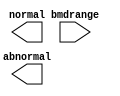
/*--  *******************************************************
--  Computer Architecture Course, Laboratory Sources 
--  Amirkabir University of Technology (Tehran Polytechnic)
--  Department of Computer Engineering (CE-AUT)
--  https://ce[dot]aut[dot]ac[dot]ir
--  *******************************************************
--  All Rights reserved (C) 2020-2021
--  *******************************************************
--  Student ID  : 
--  Student Name: 
--  Student Mail: 
--  *******************************************************
--  Additional Comments:
--
--*/

/*-----------------------------------------------------------
---  Module Name: bmd 
-----------------------------------------------------------*/
`timescale 1 ns/1 ns
module bmd(
bmdrange,
normal,
abnormal);
  input [2:0] bmdrange;
  output normal;
  output abnormal;
 // write your code here, please.
endmodule